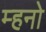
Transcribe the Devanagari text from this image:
म्हनो